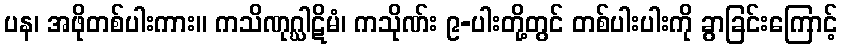
ပန၊ အဖိုတစ်ပါးကား။ ကသိဏုဂ္ဃါဋိမံ၊ ကသိုဏ်း ၉-ပါးတို့တွင် တစ်ပါးပါးကို ခွာခြင်းကြောင့်